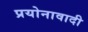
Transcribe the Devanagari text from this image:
प्रयोनावादी